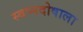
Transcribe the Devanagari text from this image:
स्वप्नदोषाला